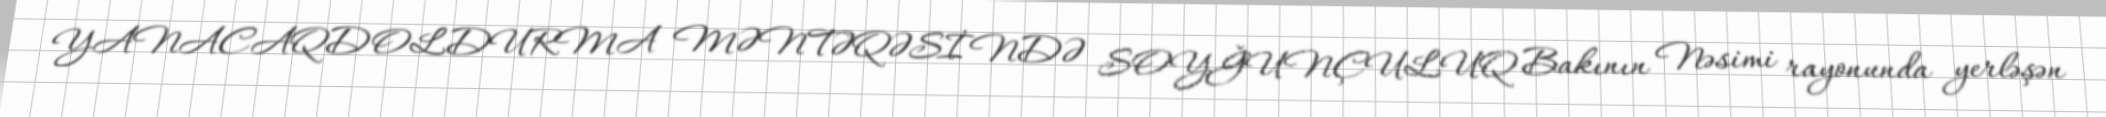
YANACAQDOLDURMA MƏNTƏQƏSİNDƏ SOYĞUNÇULUQ Bakının Nəsimi rayonunda yerləşən